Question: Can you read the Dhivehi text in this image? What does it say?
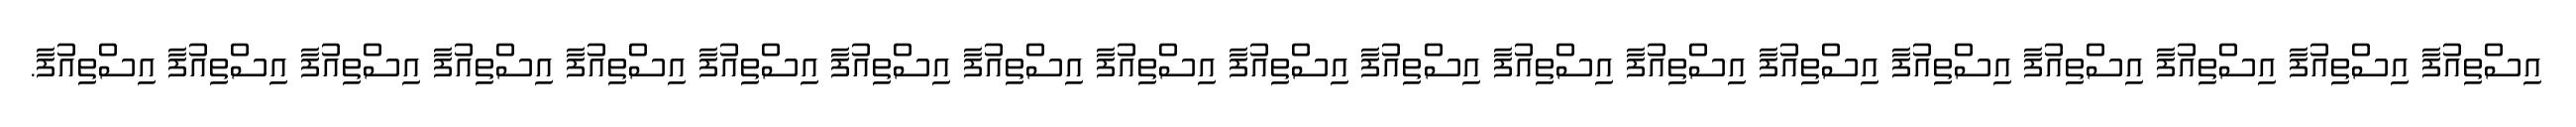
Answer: އިސްތިއުފާ އިސްތިއުފާ އިސްތިއުފާ އިސްތިއުފާ އިސްތިއުފާ އިސްތިއުފާ އިސްތިއުފާ އިސްތިއުފާ އިސްތިއުފާ އިސްތިއުފާ އިސްތިއުފާ އިސްތިއުފާ އިސްތިއުފާ އިސްތިއުފާ އިސްތިއުފާ އިސްތިއުފާ އިސްތިއުފާ އިސްތިއުފާ އިސްތިއުފާ.